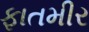
ફાતમીર